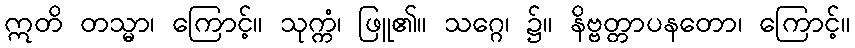
ဣတိ တသ္မာ၊ ကြောင့်။ သုက္ကံ၊ ဖြူ၏။ သဂ္ဂေ၊ ၌။ နိဗ္ဗတ္တာပနတော၊ ကြောင့်။